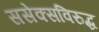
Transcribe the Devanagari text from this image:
ससेक्सविरुद्ध